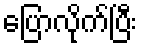
ပြောလိုက်ပြီး